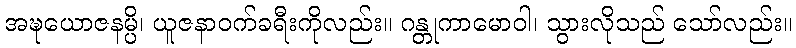
အဍ္ဎယောဇနမ္ပိ၊ ယူဇနာဝက်ခရီးကိုလည်း။ ဂန္တုကာမောဝါ၊ သွားလိုသည် သော်လည်း။